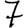
Digit: 7